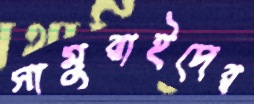
সামুরাইদের